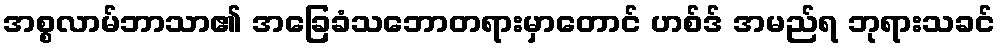
အစ္စလာမ်ဘာသာ၏ အခြေခံသဘောတရားမှာတောင် ဟစ်ဒ် အမည်ရ ဘုရားသခင်